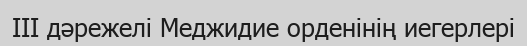
III дәрежелі Меджидие орденінің иегерлері